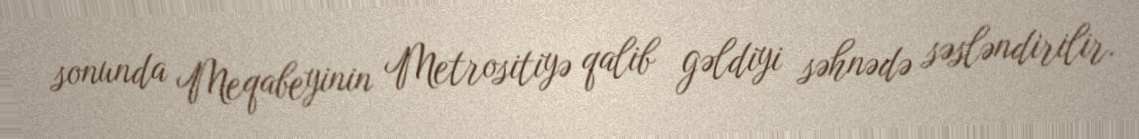
sonunda Meqabeyinin Metrositiyə qalib gəldiyi səhnədə səsləndirilir.